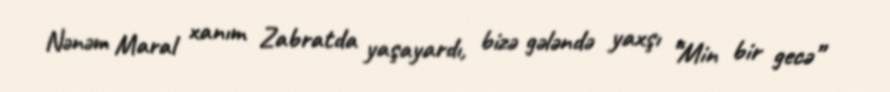
Nənəm Maral xanım Zabratda yaşayardı, bizə gələndə yaxşı “Min bir gecə”